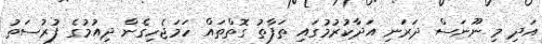
އަދި މި ނޫނަސް ދަރަނި އަދާކުރުމުގައި ތަފާތު ގޮތްތައް ހަމަޖެހިގެން ދިއުމުގެ ފުރުސަތު